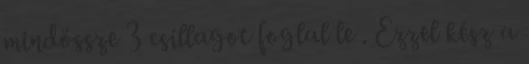
mindössze 3 csillagot foglal le . Ezzel kész a